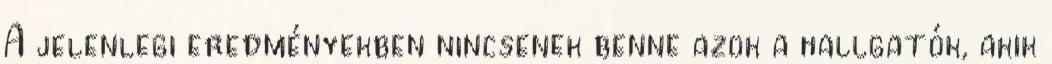
A jelenlegi eredményekben nincsenek benne azok a hallgatók, akik